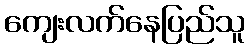
ကျေးလက်နေပြည်သူ